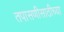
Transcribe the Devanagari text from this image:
तपासणीसाठीच्या